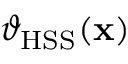
\vartheta _ { \mathrm { H S S } } ( \mathbf { x } )